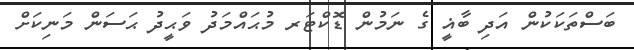
ބަސްތަކަކުން އަދި ބާޣީ ގެ ނަމުން ޑޮކްޓަރ މުޙައްމަދު ވަޙީދު ޙަސަން މަނިކަށް